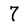
Character: 7